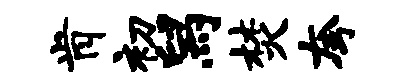
肯初舄焚夸